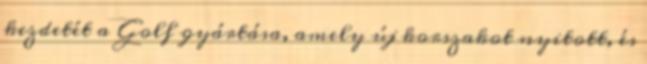
kezdetét a Golf gyártása, amely új korszakot nyitott, és